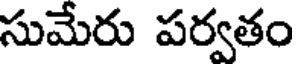
సుమేరు పర్వతం